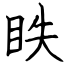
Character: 䀢